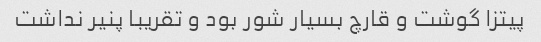
پیتزا گوشت و قارچ بسیار شور بود و تقریبا پنیر نداشت